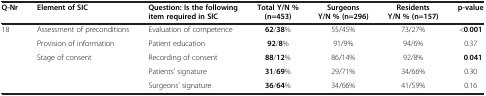
| Q-Nr | Element of SIC | Question: Is the following item required in SIC | Total Y/N % (n=453) | Surgeons Y/N % (n=296) | Residents Y/N % (n=157) | p-value |
 | --- | --- | --- | --- | --- | --- | --- |
 | <ROWSPAN=4> 18 | Assessment of preconditions | Evaluation of competence | 62/38% | 55/45% | 73/27% | <0.001 |
 | Provision of information | Patient education | 92/8% | 91/9% | 94/6% | 0.37 |
 | <ROWSPAN=2> Stage of consent | Recording of consent | 88/12% | 86/14% | 92/8% | 0.041 |
 | Patients’ signature | 31/69% | 29/71% | 34/66% | 0.30 |
 |  |  | Surgeons’ signature | 36/64% | 34/66% | 41/59% | 0.16 |